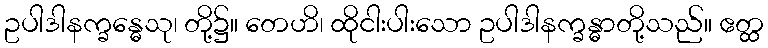
ဥပါဒါနက္ခန္ဓေသု၊ တို့၌။ တေဟိ၊ ထိုငါးပါးသော ဥပါဒါနက္ခန္ဓာတို့သည်။ ဧတ္ထ